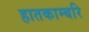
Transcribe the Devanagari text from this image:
हातकाम्बरि